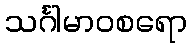
သင်္ဂါမာဝစရော